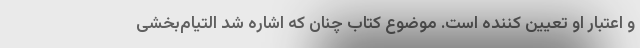
و اعتبار او تعیین کننده است. موضوع کتاب چنان که اشاره شد التیام‌بخشی